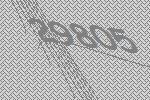
29805